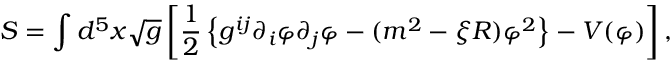
S = \int d ^ { 5 } x \sqrt { g } \left[ \frac { 1 } { 2 } \left\{ g ^ { i j } \partial _ { i } \varphi \partial _ { j } \varphi - ( m ^ { 2 } - \xi R ) \varphi ^ { 2 } \right\} - V ( \varphi ) \right] ,